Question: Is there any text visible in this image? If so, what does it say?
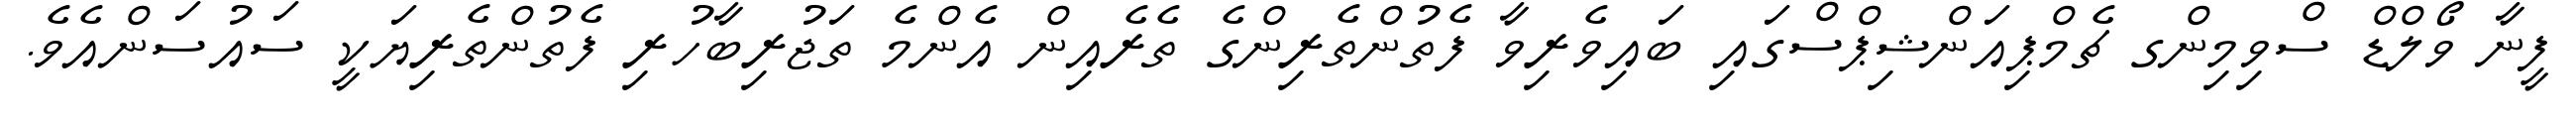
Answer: ފީނާ ވޯލްޑް ސްވިމިންގ ޗެމްޕިއަންޝިޕްސްގައި ބައިވެރިވާ ފެތުންތެރިންގެ ތެރެއިން އެންމެ ތަޖުރިބާހުރި ފެތުންތެރިޔަކީ ސައުސަންއެވެ.